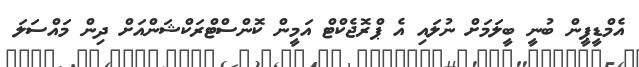
އެމްޑީޕީން ބުނީ ބީލަމަށް ނުލައި އެ ޕްރޮޖެކްޓް އަމީން ކޮންސްޓްރަކްޝަންއަށް ދިން މައްސަލަ